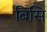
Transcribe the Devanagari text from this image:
बिसि